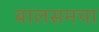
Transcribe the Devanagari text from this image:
बालसमचा